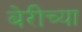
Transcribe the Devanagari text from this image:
बेरीच्या